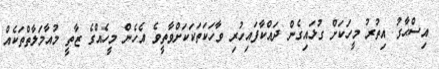
އިސްޙާގު އިތުރު މީހަކަށް ގުޅައިގެން ދައްކާފައިހުރި ވާހަކަތަކަކަށްވާތީވެ އެހެން މީހެއްގެ ޒާތީ މުއާމަލާތްތަކެއް